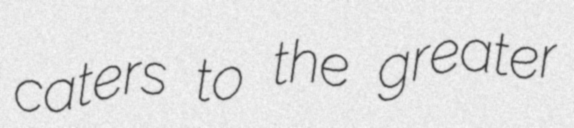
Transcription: caters to the greater